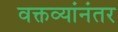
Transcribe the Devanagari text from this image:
वक्तव्यांनंतर